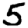
Digit: 5